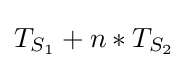
T_{S_{1}}+n*T_{S_{2}}